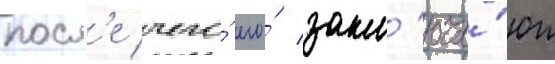
посл'е чего́ его́ закл'юча́ют